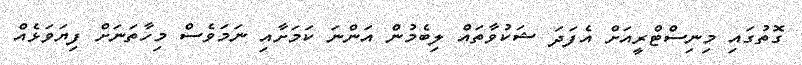
ގޮތުގައި މިނިސްޓްރީއަށް އެފަދަ ޝަކުވާތައް ލިބެމުން އަންނަ ކަމަށާއި ނަމަވެސް މިހާތަނަށް ފިޔަވަޅެއް